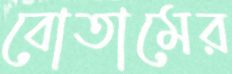
বোতামের